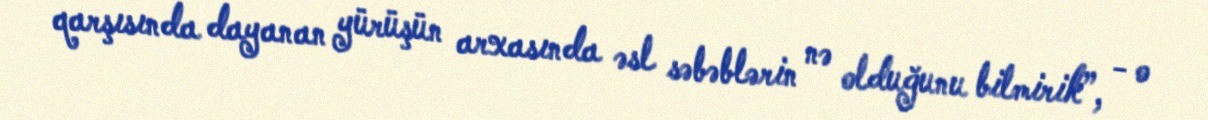
qarşısında dayanan yürüşün arxasında əsl səbəblərin nə olduğunu bilmirik”, - o